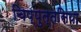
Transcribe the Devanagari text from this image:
चिप्पुत्तसिया